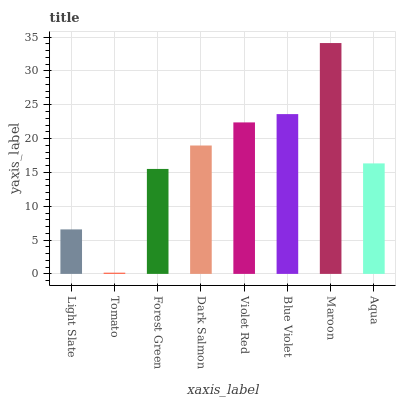
| xaxis_label | bars |
 | --- | --- |
 | Light Slate | 6.58 |
 | Tomato | 0.179 |
 | Forest Green | 15.5 |
 | Dark Salmon | 19 |
 | Violet Red | 22.4 |
 | Blue Violet | 23.6 |
 | Maroon | 34.1 |
 | Aqua | 16.3 |